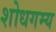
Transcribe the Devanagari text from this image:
शोधगम्‍य